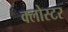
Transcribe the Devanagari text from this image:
क्लोस्टर